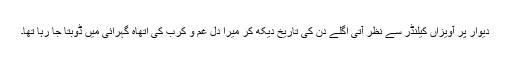
دیوار پر آویزاں کیلنڈر سے نظر آتی اگلے دن کی تاریخ دیکھ کر میرا دل غم و کرب کی اتھاہ گہرائی میں ڈوبتا جا رہا تھا۔